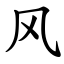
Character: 风